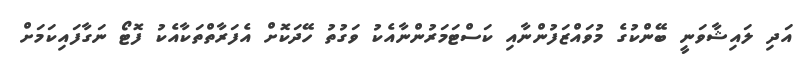
އަދި ލައިޝާވަނީ ބޭންކުގެ މުވައްޒަފުންނާއި ކަސްޓަމަރުންނާއެކު ވަގުތު ހޭދަކޮށް އެފަރާތްތަކާއެކު ފޮޓޯ ނަގާފައިކަމަށް